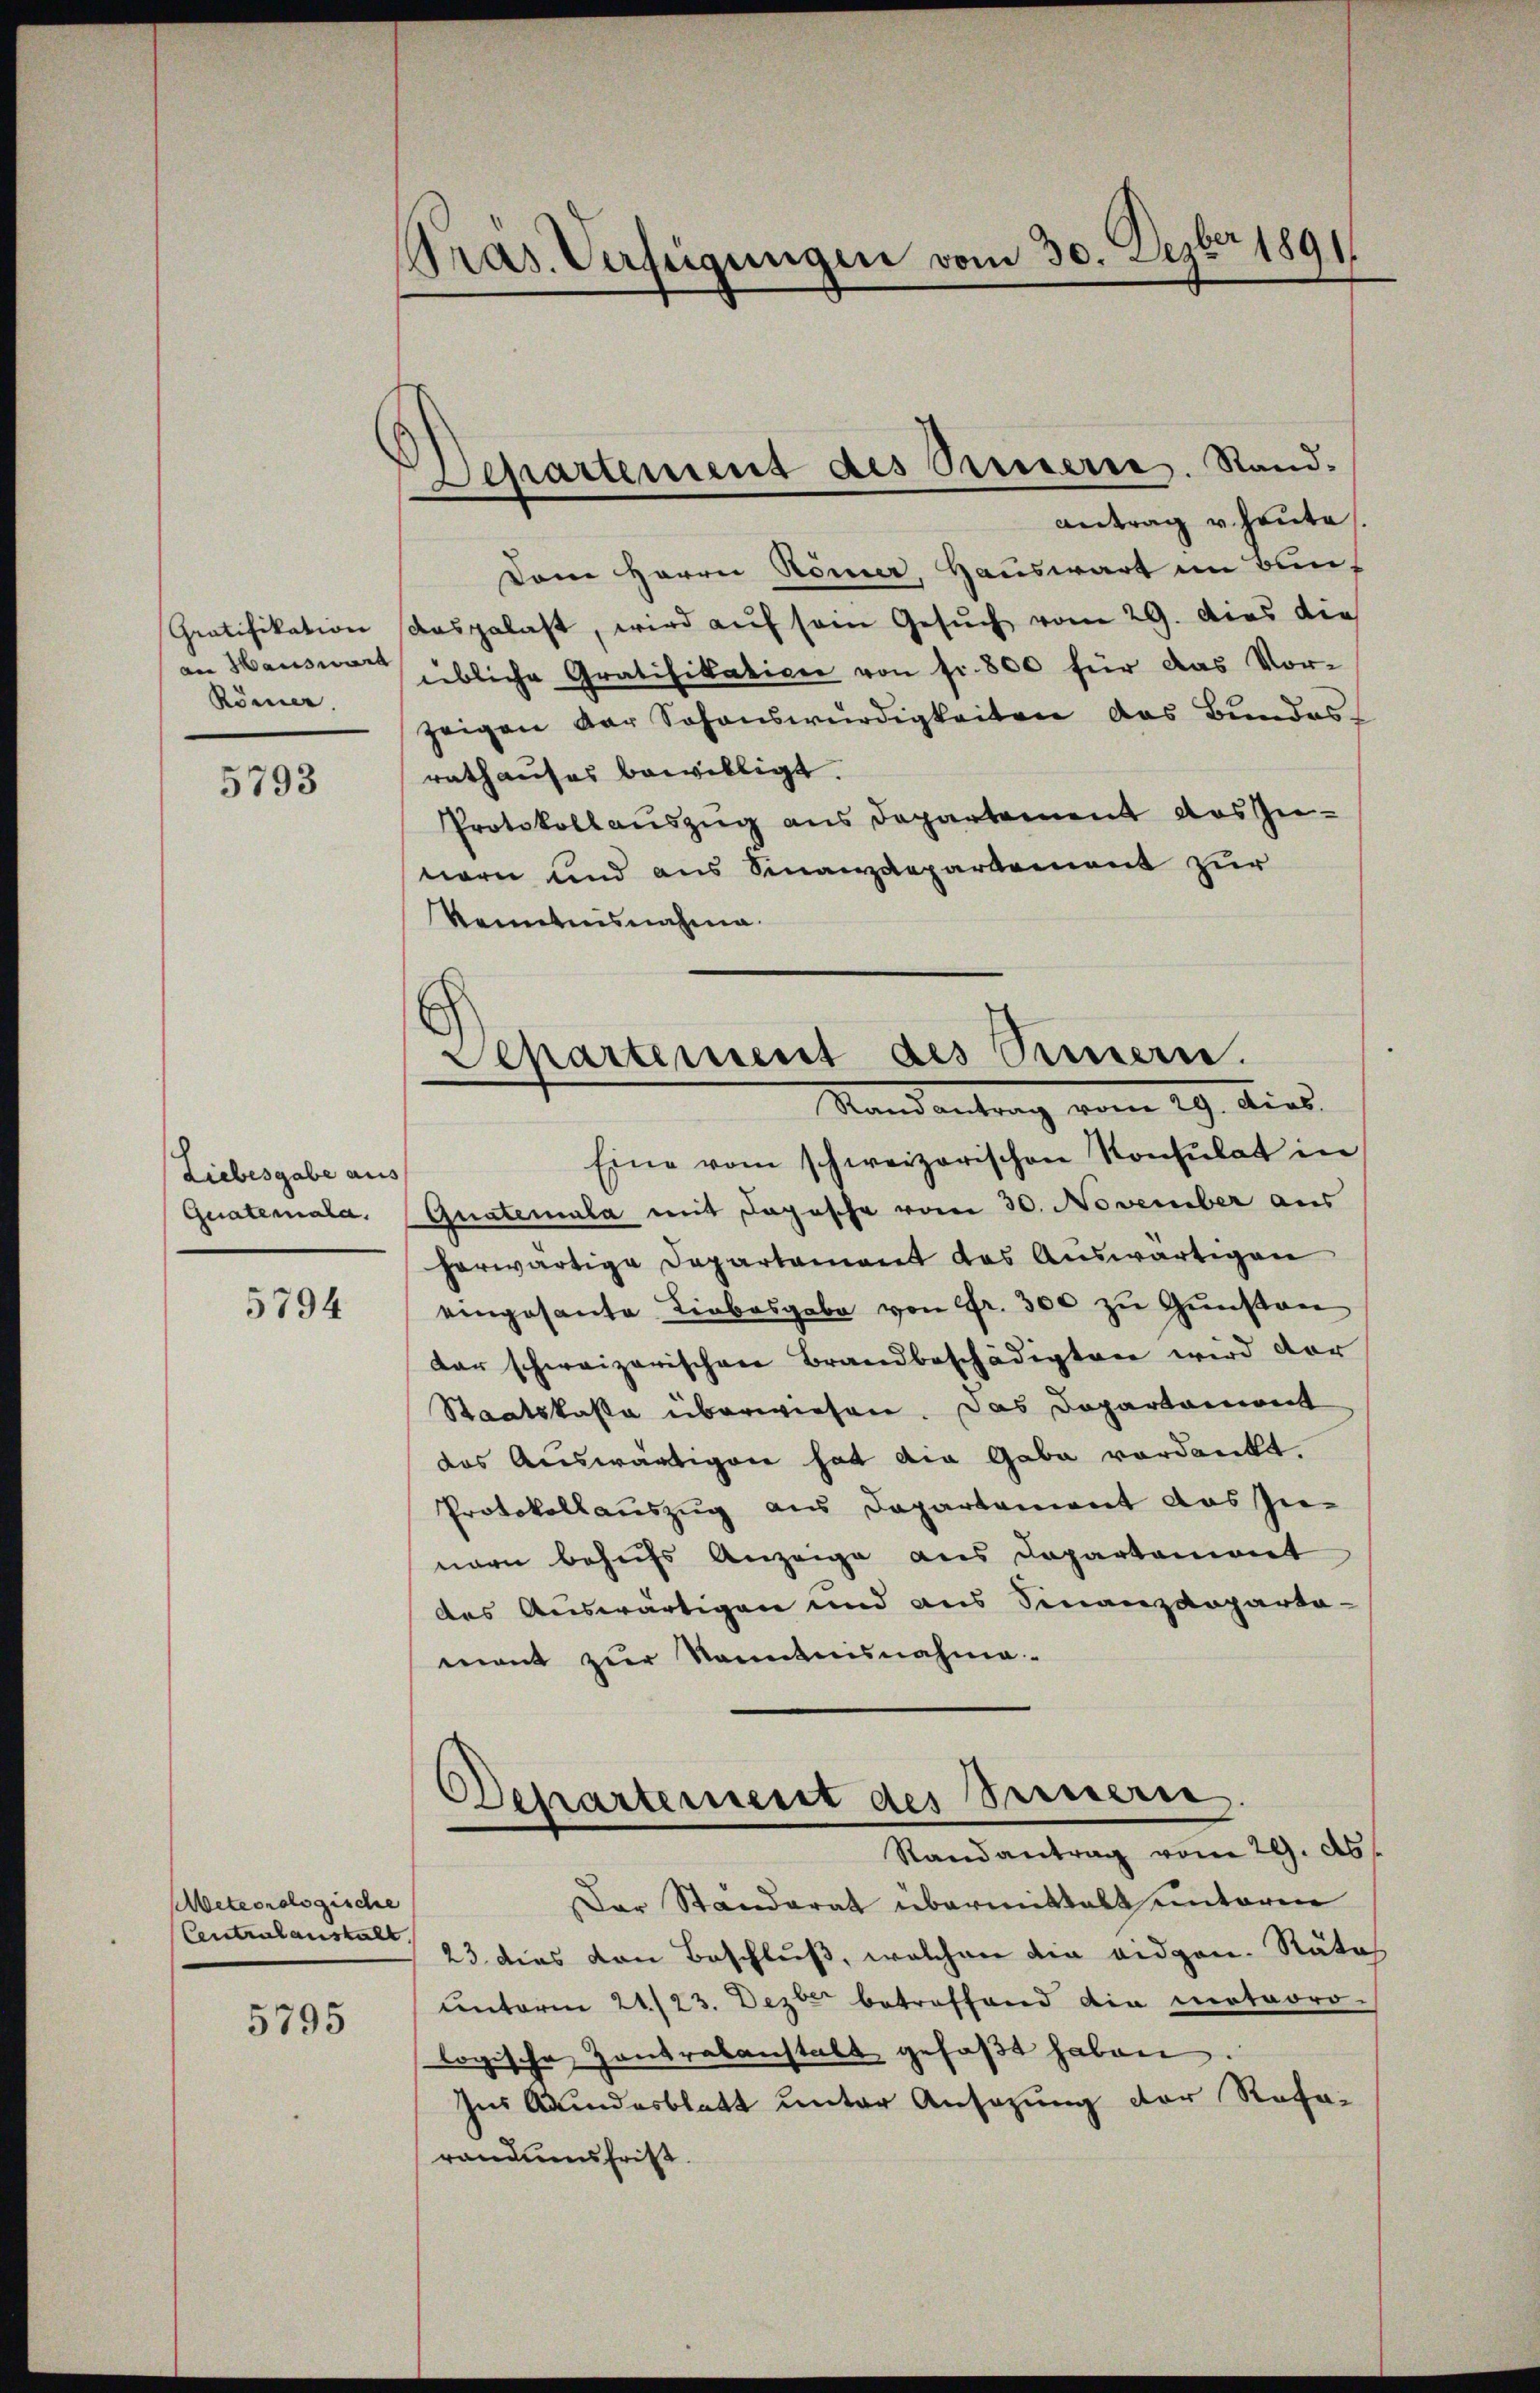
Gratifikation
an Hauswärt
Römer

5793

Liebesgabe aus
Quatemala.

5794

Meteorologische
Centralanstalt

5795

Pras. Verfügungen vom 30. Sepber 1891

Departement des Preiserie. Stand-
Antrag v. heute.

Dem Herrn Römer, Hauswart im Bunaasgelast, wird auf sein Gesuch vom 29. Dies die
übliche Gratifikation von fr. 800 für das Vor-
zeigen der Sohanswürdigkeiten das Bundes-
rathauses bewilligt.
Protokollauszug aus Departement auszu-
nern und aus Finanzdepartement zur
Kenntnisnahme.

E
Departement des Semerie.
Stand antrag vom 19. dies

Eine vom schweizerischen Konsulat in
Guatemata mit Depesche vom 30. November aus
herwärtige Departement das Auswärtigen
eingesante Liebesgabe von Fr. 300 zŭ Gŭnstan
dar schweizerischen Brandbeschädigten wird vor
Staatskasse überwiesen. Das Dopartariiret
das Auswärtigen hat die Gabe verdankt.
Protokollauszug aus Departement das In-
nern behufs Anzeige aus Departement
des Auswärtigen und aus Finanzdeparta-
mont zur Kenntnisnahme-
Departement des Bernern.
Randantrag vom 29. ds.
Der Standerat übermittalt unteren
23. dies von Beschluß, welchen der eidgen. Rätes
unterm 21./23. Dezbr betreffend die meteoro-
logische Zentrabanstalt gefaßt haben
Ins Grundesblatt unter Ansezung der Rata-
randenensfrist.